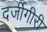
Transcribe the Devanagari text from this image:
दर्जीगीरी